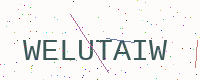
Text: WELUTAIW